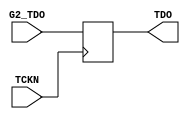
`timescale 1ns / 1ps
//////////////////////////////////////////////////////////////////////////////////
// Company: 
// Engineer: 
// 
// Design Name: 
// Module Name:    neg_latch 
// Project Name: 
// Target Devices: 
// Tool versions: 
// Description: 
//
// Dependencies: 
//
// Revision: 
// Revision 0.01 - File Created
// Additional Comments: 
//
//////////////////////////////////////////////////////////////////////////////////
module neg_latch(
    input G2_TDO,
    input TCKN,
    output reg TDO
    );
	 
	 always @(posedge TCKN) begin
		TDO <= G2_TDO;
	 end


endmodule